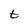
Character: t